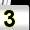
Digit: 3